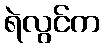
ရဲလွင်က